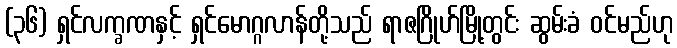
(၃၆) ရှင်လက္ခဏနှင့် ရှင်မောဂ္ဂလာန်တို့သည် ရာဇဂြိုဟ်မြို့တွင်း ဆွမ်းခံ ဝင်မည်ဟု